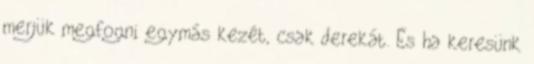
merjük megfogni egymás kezét, csak derekát. És ha keresünk